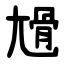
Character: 尳